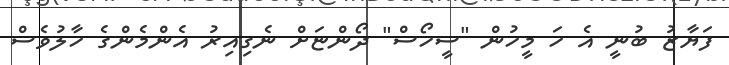
ފަޔާޒު ބުނީ އެ ހަ މީހުން "ސީހޯސް" ދޯންޏަށް ނެގިއިރު އެންމެންގެ ހާލުވެސް